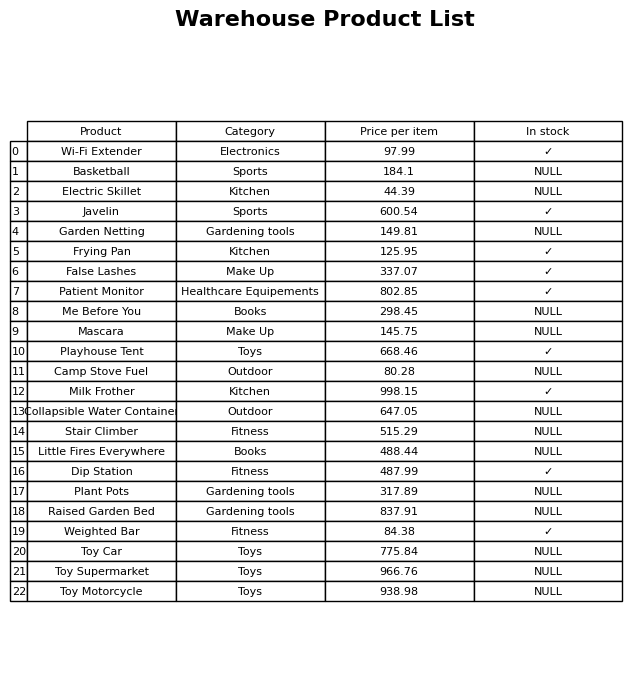
question: Which products are available in stock?
answer: Wi-Fi Extender, Javelin, Frying Pan, False Lashes, Patient Monitor, Playhouse Tent, Milk Frother, Dip Station, Weighted Bar